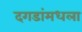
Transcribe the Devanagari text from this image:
दगडांमधला